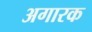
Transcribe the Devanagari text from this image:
अगारक